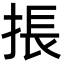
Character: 掁